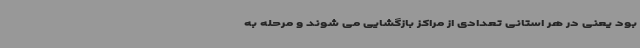
بود یعنی در هر استانی تعدادی از مراکز بازگشایی می شوند و مرحله به